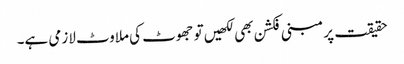
حقیقت پر مبنی فکشن بھی لکھیں تو جھوٹ کی ملاوٹ لازمی ہے۔